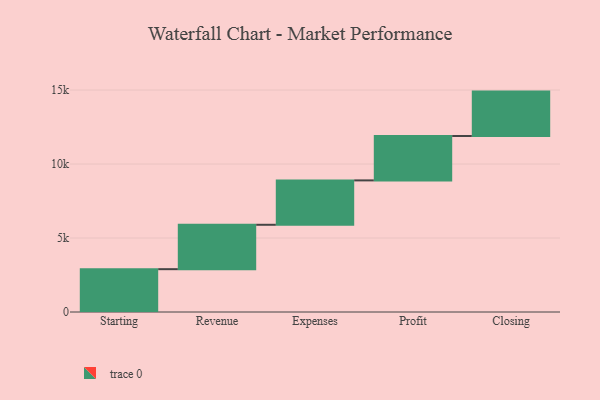
{"axis": {"x": "Step", "y": "Value"}, "legend": [""], "data": [{"x": "Starting", "y": 2894.0, "type": ""}, {"x": "Revenue", "y": 3000, "type": ""}, {"x": "Expenses", "y": 3000, "type": ""}, {"x": "Profit", "y": 3000, "type": ""}, {"x": "Closing", "y": 3000, "type": ""}]}